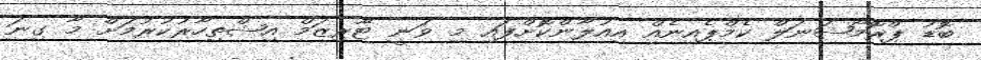
ބޮޑު ޕްރޮމޯޝަނަލް ކެމްޕެއިނެއް އިއުލާންކޮށްފައި މި ވަނީ ޓޫރިޒަމް އިޝްތިހާރުކުރުމަށް މާ ގިނަ